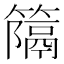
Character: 𥴩